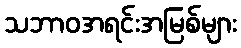
သဘာဝအရင်းအမြစ်များ